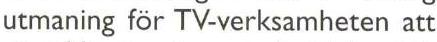
utmaning för TV-verksamheten att